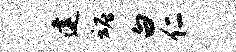
建魂白仁